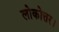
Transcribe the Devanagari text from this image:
लोकोत्तर।